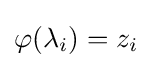
\varphi (\lambda _{i})=z_{i}